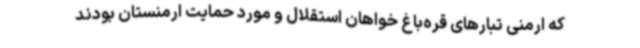
که ارمنی تبارهای قره‌باغ خواهان استقلال و مورد حمایت ارمنستان بودند